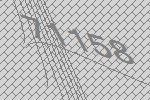
71158